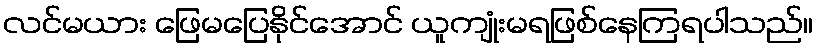
လင်မယား ဖြေမပြေနိုင်အောင် ယူကျုံးမရဖြစ်နေကြရပါသည်။